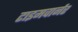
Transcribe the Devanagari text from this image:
टाइमवार्नर